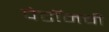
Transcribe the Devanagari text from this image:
पेटॉनची